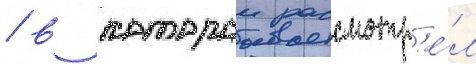
/ в которои рассмотр'е́л